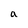
Character: a